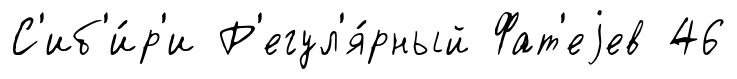
С'иб'и́р'и Р'егул'я́рный Фат'еjев 46